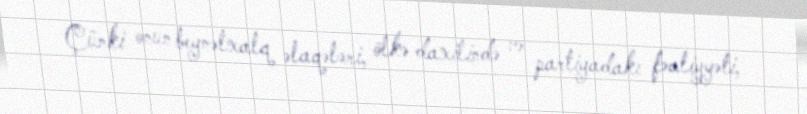
Çünki onun beynəlxalq əlaqələri, ölkə daxilində və partiyadakı fəaliyyəti,